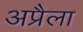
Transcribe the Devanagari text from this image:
अप्रैला